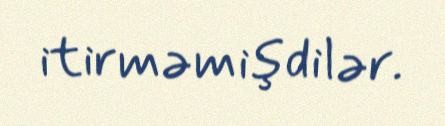
itirməmişdilər.